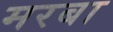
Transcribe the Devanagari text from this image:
मरबा